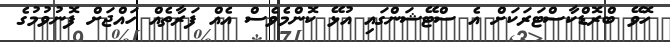
ހޮވޭ ބްރޮޑްކާސްޓަރަކަށް އެ ސްޓޭޝަންގައި އުޅޭ ކޮންމެވެސް އެއް ފަރާތެއްް ހައްޖަށް ފޮނުވުމުގެ